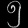
Digit: ၅